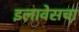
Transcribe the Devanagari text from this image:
इलावेसचा